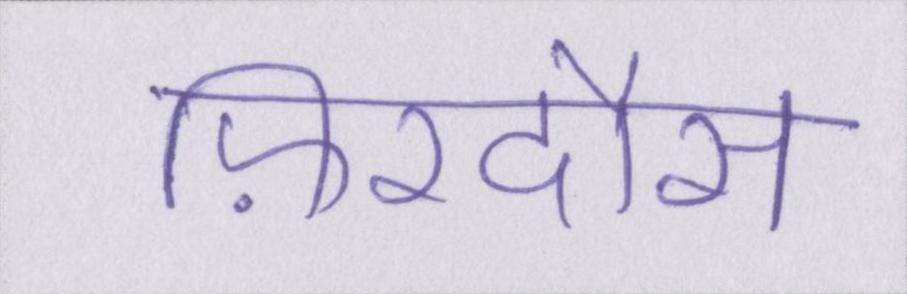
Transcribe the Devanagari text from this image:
फ़िरदौस